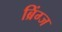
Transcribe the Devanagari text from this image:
ब्रिंग्ज